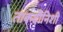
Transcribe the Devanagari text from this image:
ताकदीनिशी